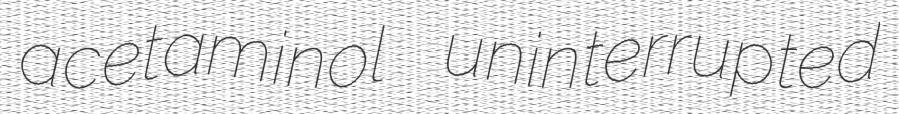
acetaminol uninterrupted